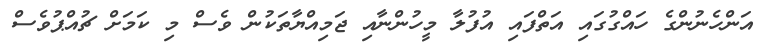
އަންހެނުންގެ ހައްގުގައި އަތްފައި އުފުލާ މީހުންނާއި ޖަމިއްޔާތަކުން ވެސް މި ކަމަށް ޗުއްޕުވެސް